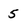
Character: 5